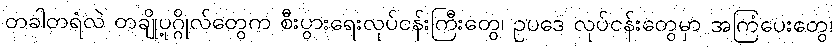
တခါတရံလဲ တချို့ပုဂ္ဂိုလ်တွေက စီးပွားရေးလုပ်ငန်းကြီးတွေ၊ ဥပဒေ လုပ်ငန်းတွေမှာ အကြံပေးတွေ၊